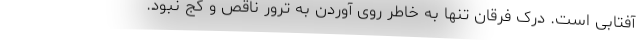
آفتابی است. درک فرقان تنها به خاطر روی آوردن به ترور ناقص و کج نبود.